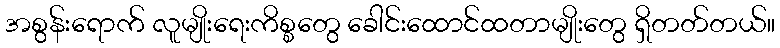
အစွန်းရောက် လူမျိုးရေးကိစ္စတွေ ခေါင်းထောင်ထတာမျိုးတွေ ရှိတတ်တယ်။